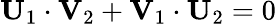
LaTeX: \mathbf{U}_{1}\cdot\mathbf{V}_{2}+\mathbf{V}_{1}\cdot\mathbf{U}_{2}=0